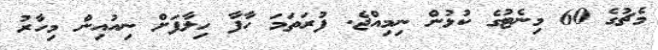
މެޗުގެ 60 މިނެޓުގެ ކުޅުން ނިމިއްޖެ. ފުރަތަމަ ހާފާ ހިލާފަށް ނިއުއިން މިހާރު